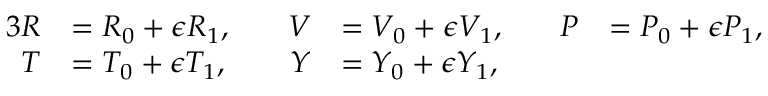
\begin{array} { r l r l r l } { { 3 } R } & { = { R } _ { 0 } + \epsilon { R } _ { 1 } , \quad } & { V } & { = { V } _ { 0 } + \epsilon { V } _ { 1 } , \quad } & { P } & { = { P } _ { 0 } + \epsilon { P } _ { 1 } , } \\ { T } & { = { T } _ { 0 } + \epsilon { T } _ { 1 } , } & { Y } & { = { Y } _ { 0 } + \epsilon { Y } _ { 1 } , } & & { } \end{array}